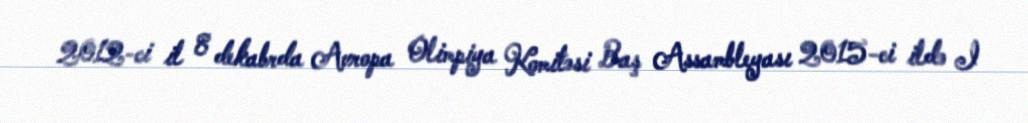
2012-ci il 8 dekabrda Avropa Olimpiya Komitəsi Baş Assambleyası 2015-ci ildə I